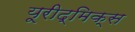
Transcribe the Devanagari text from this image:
यूरीद्मिक्स